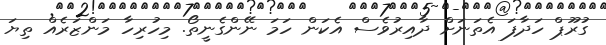
ގުރޫޕް ހަދާފަ އެތަނަށް ދާއިރުވެސް އެކަން ހަމަ ނޭންގެނީތޯ. މިހުރިހާ މަންޒަރެއް ތިޔަ